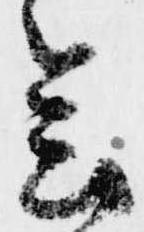
会